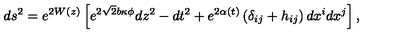
d s ^ { 2 } = e ^ { 2 W ( z ) } \left[ e ^ { 2 \sqrt { 2 } b \kappa \phi } d z ^ { 2 } - d t ^ { 2 } + e ^ { 2 \alpha ( t ) } \left( \delta _ { i j } + h _ { i j } \right) d x ^ { i } d x ^ { j } \right] ,